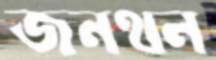
জনথন